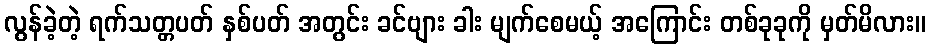
လွန်ခဲ့တဲ့ ရက်သတ္တပတ် နှစ်ပတ် အတွင်း ခင်ဗျား ခါး မျက်စေမယ့် အကြောင်း တစ်ခုခုကို မှတ်မိလား။